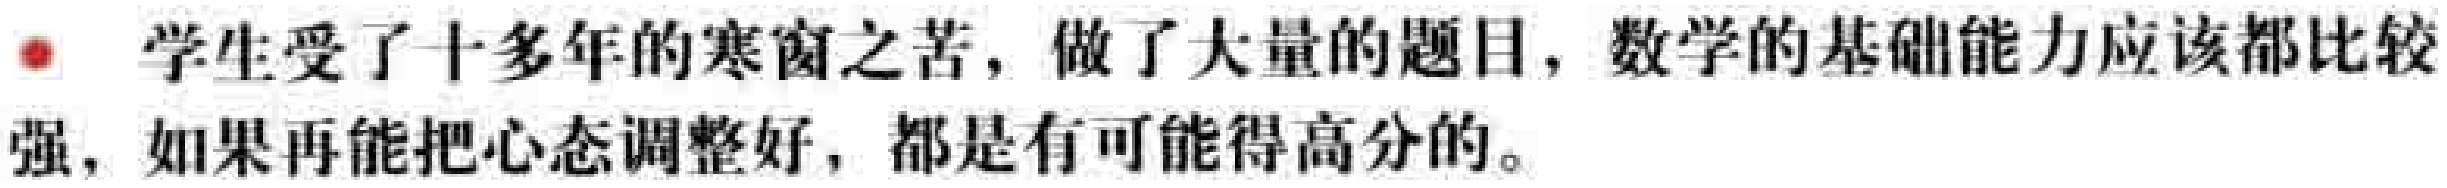
学生受了十多年的寒窗之苦，做了大量的题目，数学的基础能力应该都比较强，如果再能把心态调整好，都是有可能得高分的。